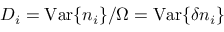
D _ { i } = \mathrm { V a r } \{ n _ { i } \} / \Omega = \mathrm { V a r } \{ \delta n _ { i } \}